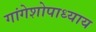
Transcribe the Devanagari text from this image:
गांगेशोपाध्याय